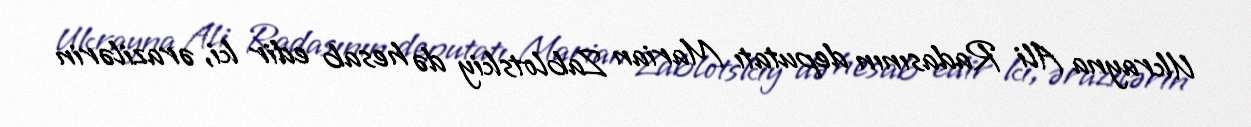
Ukrayna Ali Radasının deputatı Marian Zablotskiy də hesab edir ki, ərazilərin